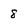
Character: 8